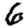
Digit: 6